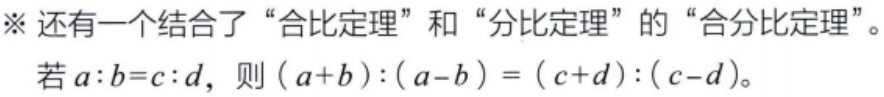
※ 还有一个结合了 “合比定理” 和 “分比定理” 的 “合分比定理”。

若 \(a:b = c:d\)，则 \((a + b):(a - b)=(c + d):(c - d)\)。